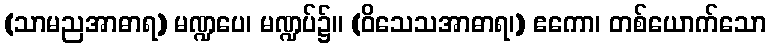
(သာမညအာဓာရ) မဏ္ဍပေ၊ မဏ္ဍပ်၌။ (ဝိသေသအာဓာရ၊) ဧကော၊ တစ်ယောက်သော